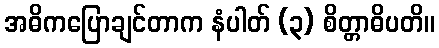
အဓိကပြောချင်တာက နံပါတ် (၃) စိတ္တာဓိပတိ။